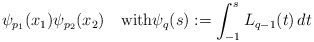
\begin{align*} \psi_{p_1}(x_1) \psi_{p_2}(x_2) \quad\mbox{with} \psi_q(s) := \int_{-1}^s L_{q-1}(t)\,dt\end{align*}